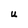
Character: U